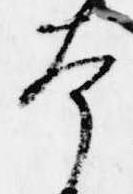
本